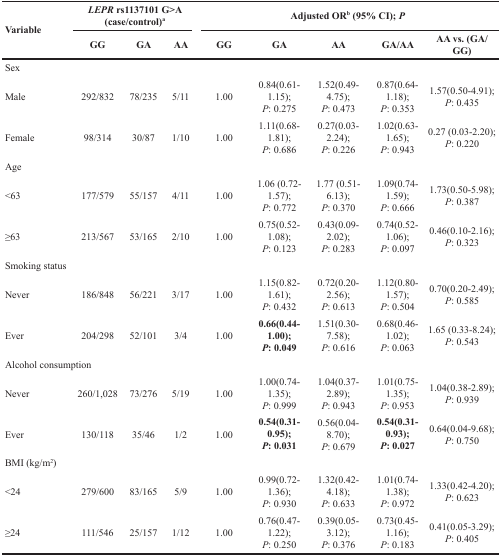
<table><thead><tr><td rowspan="2"><b>Variable</b></td><td colspan="3"><b><i>LEPR</i> rs1137101 G&gt;A (case/control)<sup>a</sup></b></td><td colspan="5"><b>Adjusted OR<sup>b</sup> (95% CI); <i>P</i></b></td></tr><tr><td><b>GG</b></td><td><b>GA</b></td><td><b>AA</b></td><td><b>GG</b></td><td><b>GA</b></td><td><b>AA</b></td><td><b>GA/AA</b></td><td><b>AA vs. (GA/GG)</b></td></tr></thead><tbody><tr><td>Sex</td><td></td><td></td><td></td><td></td><td></td><td></td><td></td><td></td></tr><tr><td>Male</td><td>292/832</td><td>78/235</td><td>5/11</td><td>1.00</td><td>0.84(0.61-1.15);<i>P</i>: 0.275</td><td>1.52(0.49-4.75);<i>P</i>: 0.473</td><td>0.87(0.64-1.18);<i>P</i>: 0.353</td><td>1.57(0.50-4.91);<i>P</i>: 0.435</td></tr><tr><td>Female</td><td>98/314</td><td>30/87</td><td>1/10</td><td>1.00</td><td>1.11(0.68-1.81);<i>P</i>: 0.686</td><td>0.27(0.03-2.24);<i>P</i>: 0.226</td><td>1.02(0.63-1.65);<i>P</i>: 0.943</td><td>0.27 (0.03-2.20);<i>P</i>: 0.220</td></tr><tr><td>Age</td><td></td><td></td><td></td><td></td><td></td><td></td><td></td><td></td></tr><tr><td>&lt;63</td><td>177/579</td><td>55/157</td><td>4/11</td><td>1.00</td><td>1.06 (0.72-1.57);<i>P</i>: 0.772</td><td>1.77 (0.51-6.13);<i>P</i>: 0.370</td><td>1.09(0.74-1.59);<i>P</i>: 0.666</td><td>1.73(0.50-5.98);<i>P</i>: 0.387</td></tr><tr><td>≥63</td><td>213/567</td><td>53/165</td><td>2/10</td><td>1.00</td><td>0.75(0.52-1.08);<i>P</i>: 0.123</td><td>0.43(0.09-2.02);<i>P</i>: 0.283</td><td>0.74(0.52-1.06);<i>P</i>: 0.097</td><td>0.46(0.10-2.16);<i>P</i>: 0.323</td></tr><tr><td>Smoking status</td><td></td><td></td><td></td><td></td><td></td><td></td><td></td><td></td></tr><tr><td>Never</td><td>186/848</td><td>56/221</td><td>3/17</td><td>1.00</td><td>1.15(0.82-1.61);<i>P</i>: 0.432</td><td>0.72(0.20-2.56);<i>P</i>: 0.613</td><td>1.12(0.80-1.57);<i>P</i>: 0.504</td><td>0.70(0.20-2.49);<i>P</i>: 0.585</td></tr><tr><td>Ever</td><td>204/298</td><td>52/101</td><td>3/4</td><td>1.00</td><td><b>0.66(0.44-1.00);</b><b><i>P</i>: 0.049</b></td><td>1.51(0.30-7.58);<i>P</i>: 0.616</td><td>0.68(0.46-1.02);<i>P</i>: 0.063</td><td>1.65 (0.33-8.24);<i>P</i>: 0.543</td></tr><tr><td colspan="9">Alcohol consumption</td></tr><tr><td>Never</td><td>260/1,028</td><td>73/276</td><td>5/19</td><td>1.00</td><td>1.00(0.74-1.35);<i>P</i>: 0.999</td><td>1.04(0.37-2.89);<i>P</i>: 0.943</td><td>1.01(0.75-1.35);<i>P</i>: 0.953</td><td>1.04(0.38-2.89);<i>P</i>: 0.939</td></tr><tr><td>Ever</td><td>130/118</td><td>35/46</td><td>1/2</td><td>1.00</td><td><b>0.54(0.31-0.95);</b><b><i>P</i>: 0.031</b></td><td>0.56(0.04-8.70);<i>P</i>: 0.679</td><td><b>0.54(0.31-0.93);</b><b><i>P</i>: 0.027</b></td><td>0.64(0.04-9.68);<i>P</i>: 0.750</td></tr><tr><td>BMI (kg/m<sup>2</sup>)</td><td></td><td></td><td></td><td></td><td></td><td></td><td></td><td></td></tr><tr><td>&lt;24</td><td>279/600</td><td>83/165</td><td>5/9</td><td>1.00</td><td>0.99(0.72-1.36);<i>P</i>: 0.930</td><td>1.32(0.42-4.18);<i>P</i>: 0.633</td><td>1.01(0.74-1.38);<i>P</i>: 0.972</td><td>1.33(0.42-4.20);<i>P</i>: 0.623</td></tr><tr><td>≥24</td><td>111/546</td><td>25/157</td><td>1/12</td><td>1.00</td><td>0.76(0.47-1.22);<i>P</i>: 0.250</td><td>0.39(0.05-3.12);<i>P</i>: 0.376</td><td>0.73(0.45-1.16);<i>P</i>: 0.183</td><td>0.41(0.05-3.29);<i>P</i>: 0.405</td></tr></tbody></table>